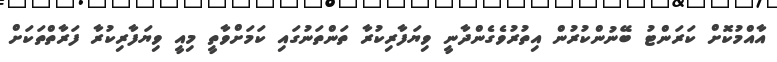
އާއްމުކޮށް ކަރަންޓު ބޭނުންކުރުން އިތުރުވެގެންދާނީ ވިޔަފާރިކުރާ ތަންތަނުގައި ކަމަށްވާތީ މިއީ ވިޔަފާރިކުރާ ފަރާތްތަކަށް